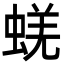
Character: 蜣